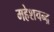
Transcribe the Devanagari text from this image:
महेशचन्द्र